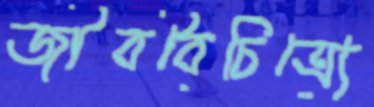
জীববৈচিত্র্যে